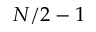
N / 2 - 1